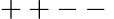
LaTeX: ++--{}